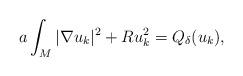
LaTeX: \begin{align*}a\int_M |\nabla u_k|^2 + R u_k^2 = Q_\delta(u_k),\end{align*}